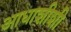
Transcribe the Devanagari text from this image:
आधाशीशी